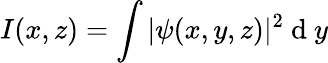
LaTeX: I(x,z)=\int|\psi(x,y,z)|^{2}\mathrm{~d~}y